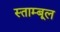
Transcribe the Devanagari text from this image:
स्ताम्बूल